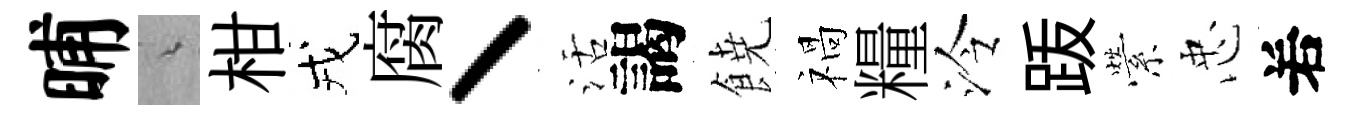
晡綿柑戎腐丶活謁𩜙禍糧泠䟦縈忠𠰥